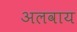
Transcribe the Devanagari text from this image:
अलवाय